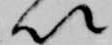
以